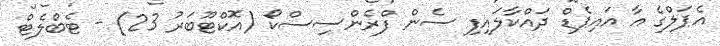
އެޕަލްގެ އާ އައިޕެޑް ދައްކާލައިފި ސެން ފްރެންސިސްކޯ (އޮކްޓޫބަރު 23) - ޓެބްލެޓް